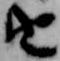
由